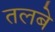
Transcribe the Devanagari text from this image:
तलबे